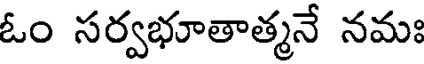
ఓం సర్వభూతాత్మనే నమః